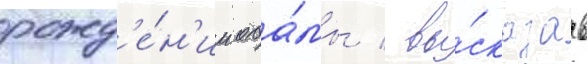
рожд'е́н'ии оба́мы / вы́сказав